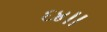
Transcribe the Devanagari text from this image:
६४।।